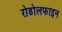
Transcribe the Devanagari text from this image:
रोडोलफाइन